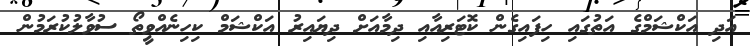
އަދި އަކްޝަމްގެ އަތުގައި ހިފައިގެން ކޮޓަރިއާއި ދިމާއަށް ދިޔައިރު އަކްޝަމް ކިހިނެއްވީތޯ ސުވާލުކުރަމުން